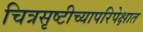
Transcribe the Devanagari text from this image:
चित्रसृष्टीच्यापरिपेक्षात